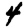
Digit: 4